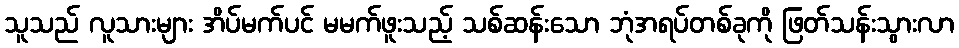
သူသည် လူသားများ အိပ်မက်ပင် မမက်ဖူးသည့် သစ်ဆန်းသော ဘုံအရပ်တစ်ခုကို ဖြတ်သန်းသွားလာ